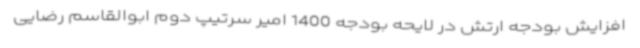
افزایش بودجه ارتش در لایحه بودجه 1400 امیر سرتیپ دوم ابوالقاسم رضایی